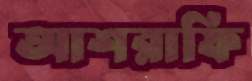
আশরাফি